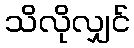
သိလိုလျှင်